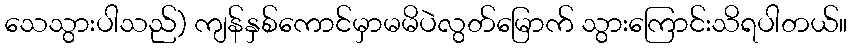
သေသွားပါသည်) ကျန်နှစ်ကောင်မှာမမိပဲလွတ်မြောက် သွားကြောင်းသိရပါတယ်။